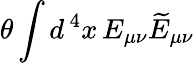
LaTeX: \theta\int d^{\, 4}x\, E_{\mu\nu}\widetilde E_{\mu\nu}